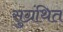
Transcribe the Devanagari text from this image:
सुग्रंथित